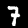
Digit: 7